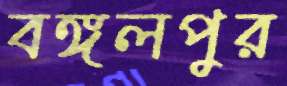
বঙ্গলপুর